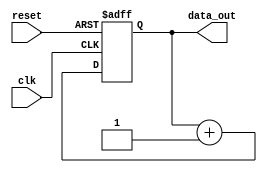
module my_module #(parameter PARAM1 = 8, PARAM2 = 16) (
    input wire clk,
    input wire reset,
    output reg [PARAM2-1:0] data_out
);

// Behavioral modeling block
always @(posedge clk or posedge reset) begin
    if (reset) begin
        data_out <= 0; // Default value
    end else begin
        data_out <= data_out + 1;
    end
end

endmodule